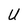
Character: U